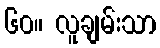
၆၀။ လူချမ်းသာ